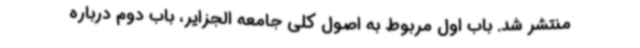
منتشر شد. باب اول مربوط به اصول کلی جامعه الجزایر، باب دوم درباره